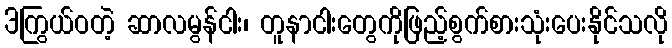
3ကြွယ်ဝတဲ့ ဆာလမွန်ငါး၊ တူနာငါးတွေကိုဖြည့်စွက်စားသုံးပေးနိုင်သလို